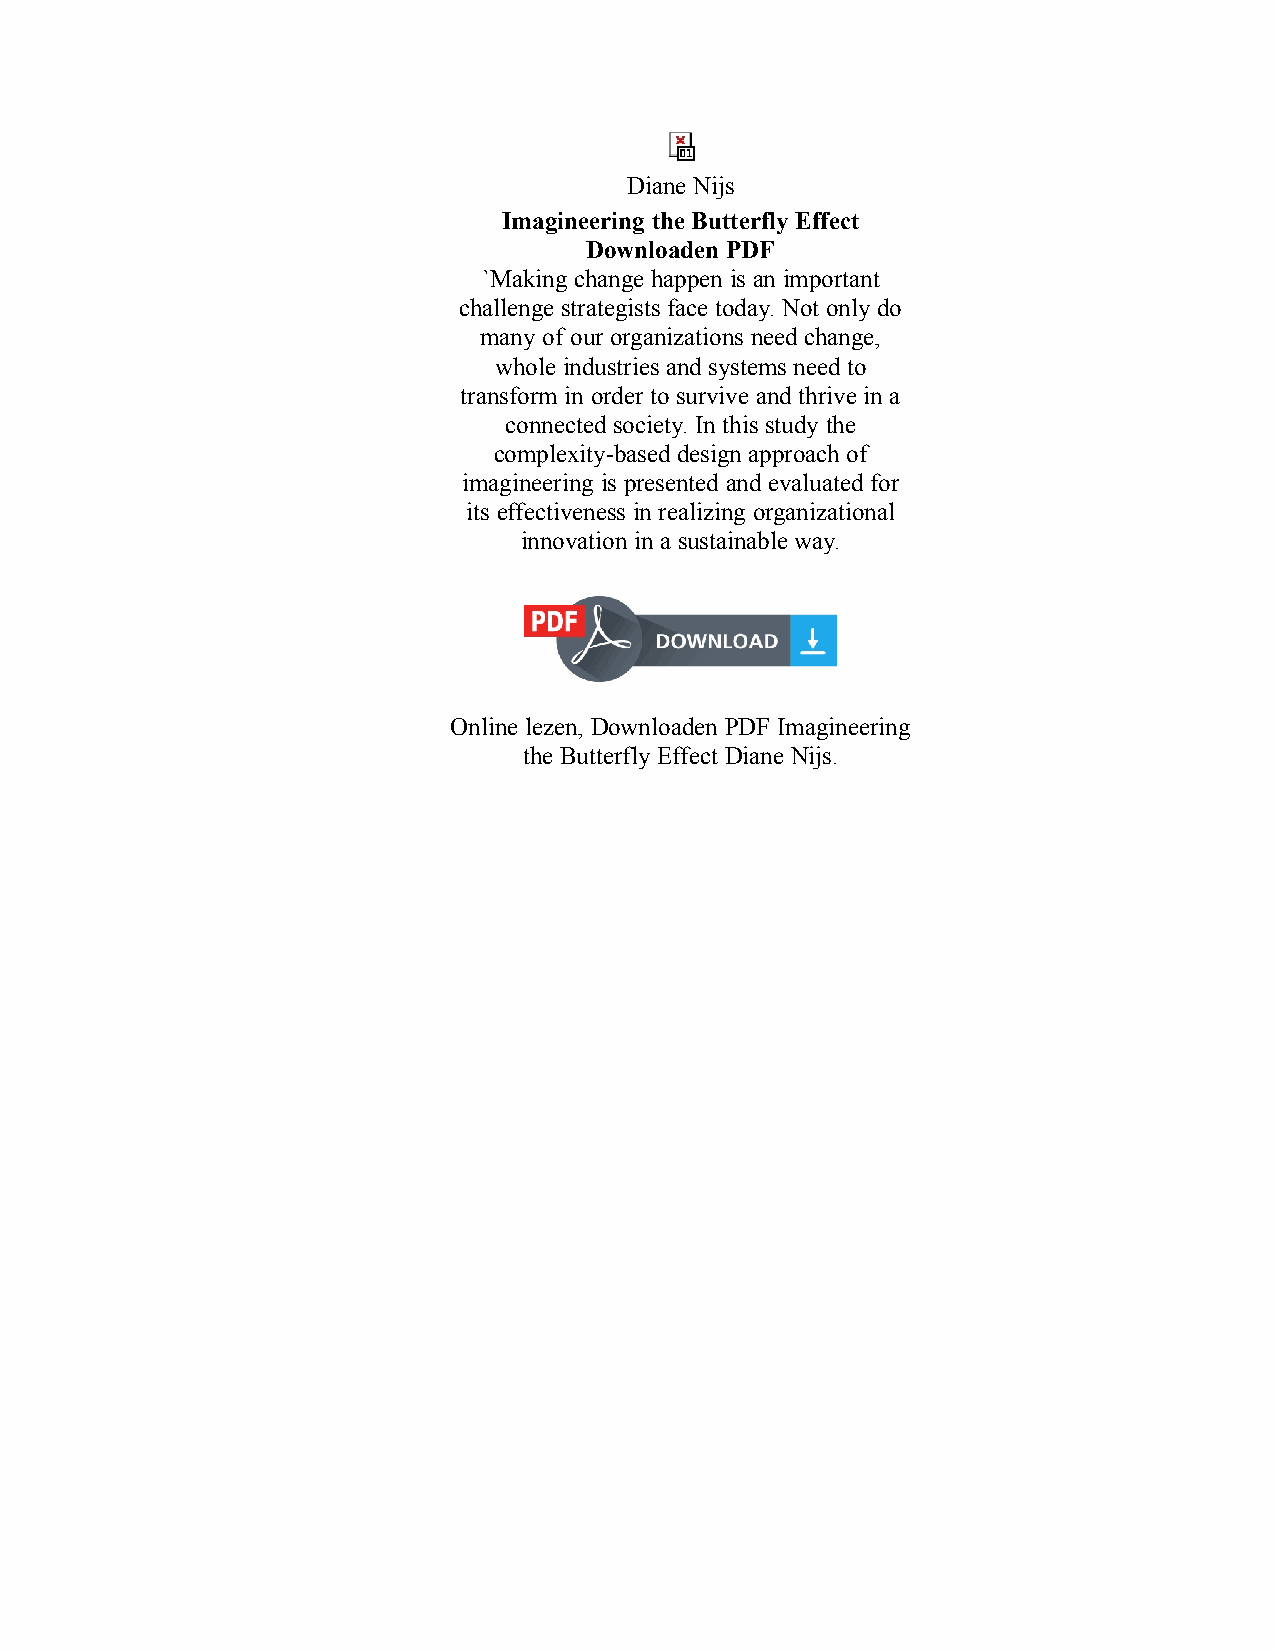
Diane Nijs
 Imagineering the Butterfly Effect
 Downloaden PDF
 `Making change happen is an important
 challenge strategists face today. Not only do
 many of our organizations need change,
 whole industries and systems need to
 transform in order to survive and thrive in a
 connected society. In this study the
 complexity-based design approach of
 imagineering is presented and evaluated for
 its effectiveness in realizing organizational
 innovation in a sustainable way.
 Online lezen, Downloaden PDF Imagineering
 the Butterfly Effect Diane Nijs.